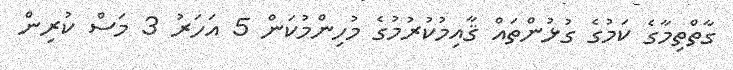
ގާތްތިމާގެ ކަމުގެ ގުޅުންތައް ޤާއިމުކުރުމުގެ މުހިންމުކަން 5 އަހަރު 3 މަސް ކުރިން